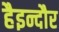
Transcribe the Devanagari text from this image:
हैइन्दौर